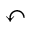
\curvearrowleft